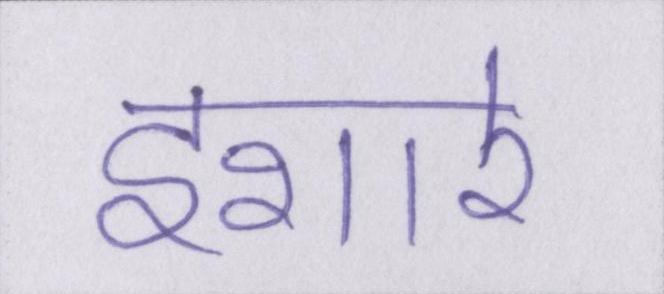
इशारे